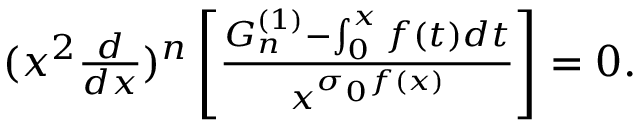
\begin{array} { r } { ( x ^ { 2 } \frac { d } { d x } ) ^ { n } \left[ \frac { G _ { n } ^ { ( 1 ) } - \int _ { 0 } ^ { x } f ( t ) d t } { x ^ { \sigma _ { 0 } f ( x ) } } \right] = 0 . } \end{array}